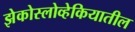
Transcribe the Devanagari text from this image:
झेकोस्लोव्हेकियातील